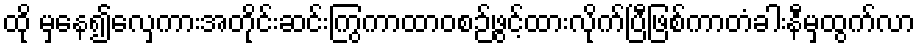
ထို မှနေ၍လှေကားအတိုင်းဆင်းကြွကာထာဝစဉ်ဖွင့်ထားလိုက်ပြီဖြစ်ကာတံခါးနီမှထွက်လာ